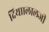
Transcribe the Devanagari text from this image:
दिया।लालजी